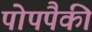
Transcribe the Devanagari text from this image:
पोपपैकी